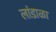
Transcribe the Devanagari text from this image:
लांडाळा